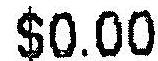
$0.00